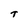
Character: T